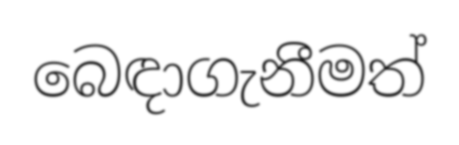
බෙඳාගැනීමත්